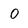
Character: O